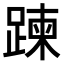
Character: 𨃀